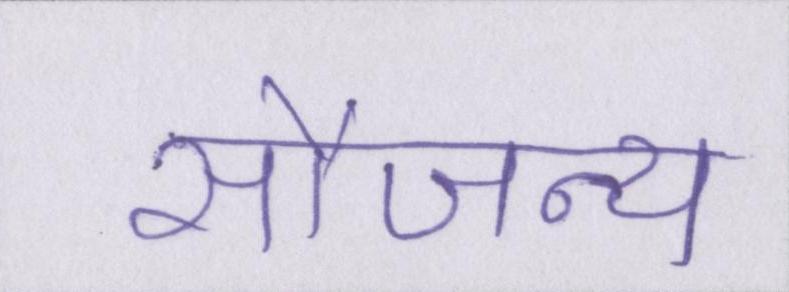
सौजन्य